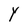
Character: Y